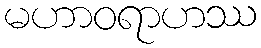
မဟာဝရာဟဿ